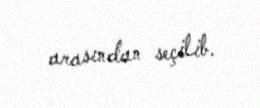
arasından seçilib.